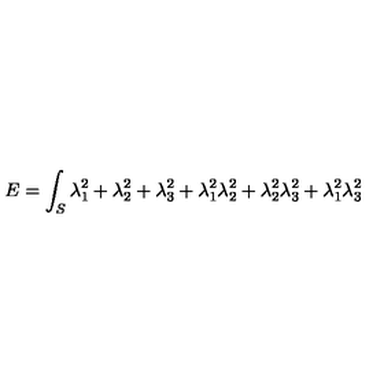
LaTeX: E = \int _ { S } \lambda _ { 1 } ^ { 2 } + \lambda _ { 2 } ^ { 2 } + \lambda _ { 3 } ^ { 2 } + \lambda _ { 1 } ^ { 2 } \lambda _ { 2 } ^ { 2 } + \lambda _ { 2 } ^ { 2 } \lambda _ { 3 } ^ { 2 } + \lambda _ { 1 } ^ { 2 } \lambda _ { 3 } ^ { 2 }